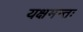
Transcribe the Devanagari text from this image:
यक्षमन्तः